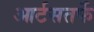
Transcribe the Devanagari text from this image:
आर्टसतर्फे